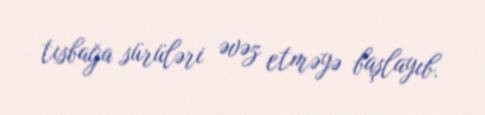
tısbağa sürüləri əvəz etməyə başlayıb.